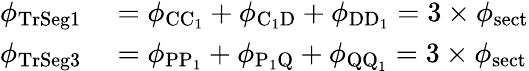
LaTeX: \begin{array}{rl}{\phi_{\mathrm{TrSeg1}}}&{{}=\phi_{\mathrm{CC_{1}}}+\phi_{\mathrm{C_{1}D}}+\phi_{\mathrm{DD_{1}}}=3\times\phi_{\mathrm{sect}}}\\ {\phi_{\mathrm{TrSeg3}}}&{{}=\phi_{\mathrm{PP_{1}}}+\phi_{\mathrm{P_{1}Q}}+\phi_{\mathrm{QQ_{1}}}=3\times\phi_{\mathrm{sect}}}\end{array}